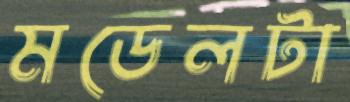
মডেলটা